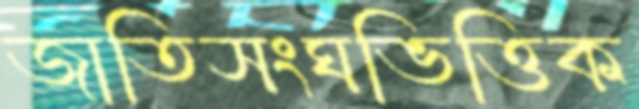
জাতিসংঘভিত্তিক